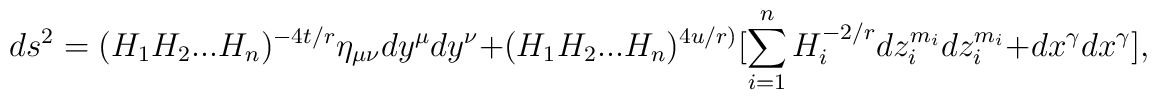
ds^{2}=(H_{1}H_{2}...H_{n})^{-4t/r}\eta_{\mu \nu} dy^{\mu}dy^{\nu}+(H_{1}H_{2}...H_{n})^{4u/r)}[\sum _{i=1}^{n}H_{i}^{-2/r}dz_{i}^{m_{i}}dz_{i}^{m_{i}}+dx^{\gamma}dx^{\gamma}],